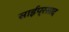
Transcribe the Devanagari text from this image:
साईप्रसाद